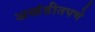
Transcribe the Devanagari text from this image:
अखंडीतपणे